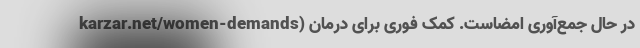
karzar.net/women-demands) در حال جمع‌آوری امضاست. کمک فوری برای درمان